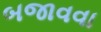
બજાવવા